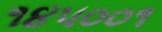
૧૪૫૦૦૧